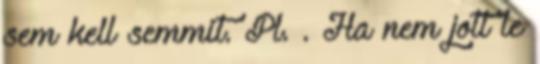
sem kell semmit. Pl. . Ha nem jott le